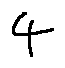
4